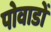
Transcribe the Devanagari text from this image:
पोवाडों